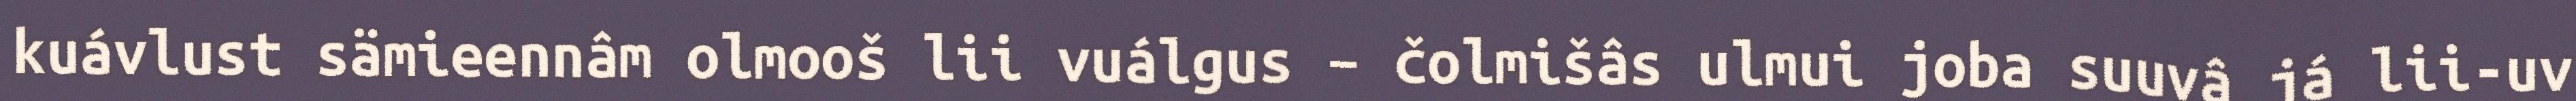
kuávlust sämieennâm olmooš lii vuálgus – čolmišâs ulmui joba suuvâ já lii-uv